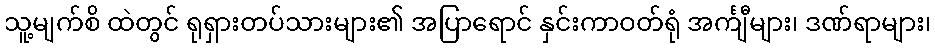
သူ့မျက်စိ ထဲတွင် ရုရှားတပ်သားများ၏ အပြာရောင် နှင်းကာဝတ်ရုံ အင်္ကျီများ၊ ဒဏ်ရာများ၊